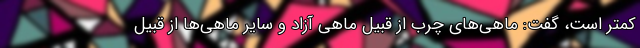
کمتر است، گفت: ماهی‌های چرب از قبیل ماهی آزاد و سایر ماهی‌ها از قبیل